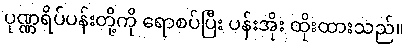
ပုဏ္ဏရိပ်ပန်းတို့ကို ရောစပ်ပြီး ပန်းအိုး ထိုးထားသည်။